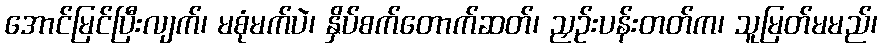
အောင်မြင်ပြီးလျက်၊ မစုံမက်ပဲ၊ နှိပ်စက်တောက်ဆတ်၊ ညှဉ်းပန်းတတ်က၊ သူမြတ်မမည်၊